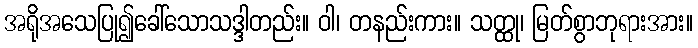
အရိုအသေပြု၍ခေါ်သောသဒ္ဒါတည်း။ ဝါ၊ တနည်းကား။ သတ္ထု၊ မြတ်စွာဘုရားအား။